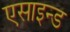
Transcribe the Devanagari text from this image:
एसाइन्ड